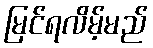
မြင်ရလိမ့်မည်